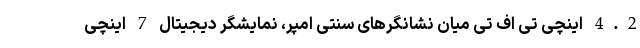
4.2 اینچی تی اف تی میان نشانگرهای سنتی امپر، نمایشگر دیجیتال 7 اینچی